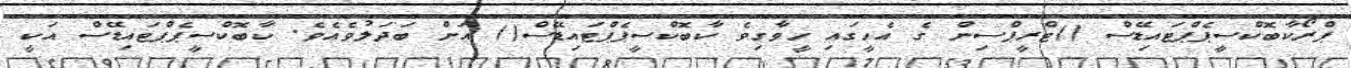
ޕްރޯކާބޮކްސީޕެޕްޓައިޑޭސް ()ޓްރީޕްސިން ގެ އެހީގައި ހީވާގިވެ ކާބޮކްސީޕެޕްޓައިޑޭސް() އަށް ބަދަލުވެއެވެ. ކާބޮކްސީޕެޕްޓައިޑޭސް އަކީ